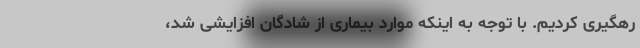
رهگیری کردیم. با توجه به اینکه موارد بیماری از شادگان افزایشی شد،